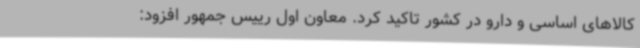
کالاهای اساسی و دارو در کشور تاکید کرد. معاون اول رییس جمهور افزود: